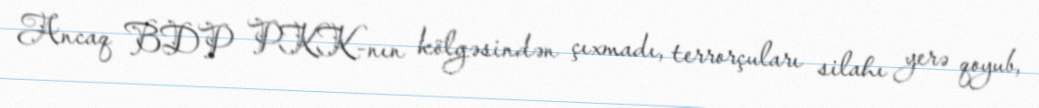
Ancaq BDP PKK-nın kölgəsindən çıxmadı, terrorçuları silahı yerə qoyub,